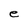
Character: e